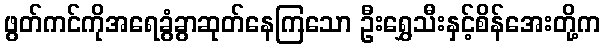
ဖွတ်ကင်ကိုအရေခွံခွာဆုတ်နေကြသော ဦးရွှေသီးနှင့်စိန်အေးတို့က